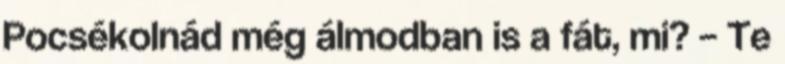
Pocsékolnád még álmodban is a fát, mi? – Te